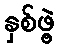
နှစ်ဖွဲ့